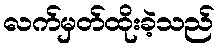
လက်မှတ်ထိုးခဲ့သည်